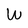
Character: W